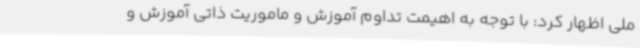
ملی اظهار کرد: با توجه به اهیمت تداوم آموزش و ماموریت ذاتی آموزش و